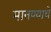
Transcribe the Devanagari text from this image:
मानण्याचे